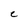
Character: C